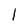
Character: 1